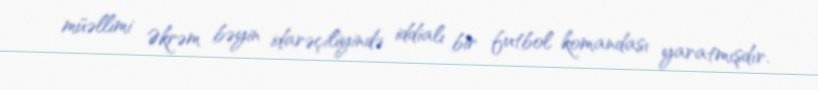
müəllimi Əkrəm bəyin idarəçiliyində iddialı bir futbol komandası yaratmışdır.